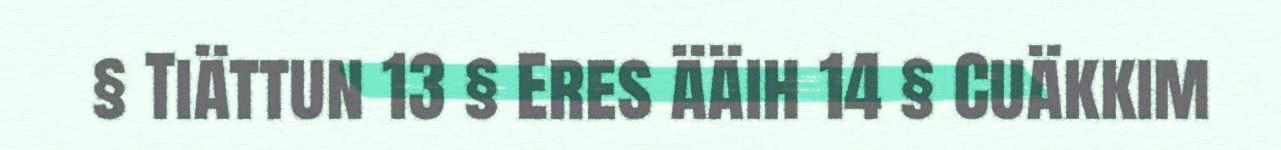
§ Tiättun 13 § Eres ääih 14 § Cuäkkim